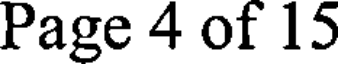
Page 4 of 15